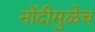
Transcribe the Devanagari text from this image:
नोंदीमुळेच